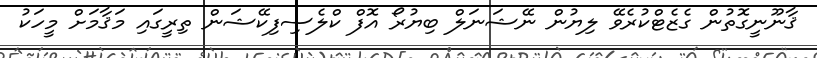
ޤާނޫނީގޮތުން ގެޒެޓްކުރެވޭ ލިޔުން ނޭޝަނަލް ބިޔުރޯ އޮފް ކްލެސިފިކޭޝަން ތިރީގައި މަޤާމަށް މީހަކު